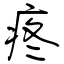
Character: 疼